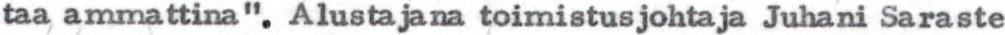
taa ammattina". Alustajana toimistusjohtaja Juhani Saraste